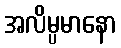
အလိမ္ပမာနော